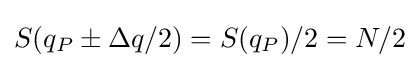
S(q_{P}\pm \Delta q/2)=S(q_{P})/2=N/2